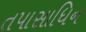
તપાસાધિન